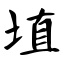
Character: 埴